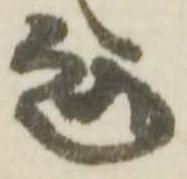
趣